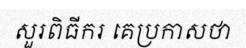
សួរពិធីករ គេប្រកាសថា